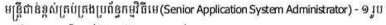
មន្រ្តីជាន់ខ្ពស់គ្រប់គ្រងប្រព័ន្ធកម្មវិធីមេ(Senior Application System Adminstrator) - ១ រូប